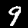
Label: 9